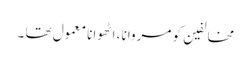
مخالفین کو مروانا ، اٹھوانا معمول تھا ۔